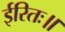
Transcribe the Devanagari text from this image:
ईरितः॥